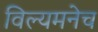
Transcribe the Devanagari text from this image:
विल्यमनेच